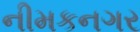
નીમકનગર